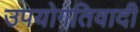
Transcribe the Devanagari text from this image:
उपयोगतिवादी